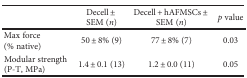
|  | Decell ± SEM (n) | Decell + hAFMSCs ± SEM (n) | p value |
 | --- | --- | --- | --- |
 | Max force (% native) | 50 ± 8% (9) | 77 ± 8% (7) | 0.03 |
 | Modular strength (P-T, MPa) | 1.4 ± 0.1 (13) | 1.2 ± 0.0 (11) | 0.05 |